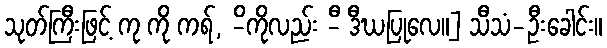
သုတ်ကြီးဖြင့် ကု ကို ကရ်, -ိကိုလည်း -ီ ဒီဃပြုလေ။] သီသံ-ဦးခေါင်း။